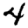
Digit: 4